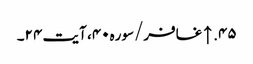
۴۵. ↑ غافر/سوره۴۰، آیت ۲۴۔